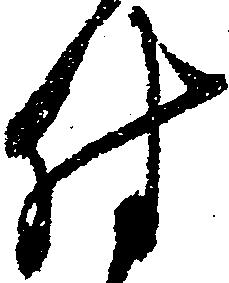
付